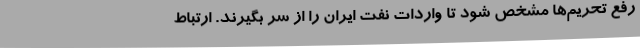
رفع تحریم‌ها مشخص شود تا واردات نفت ایران را از سر بگیرند. ارتباط